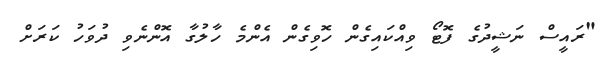
"ރައީސް ނަޝީދުގެ ފޮޓޯ ވިއްކައިގެން ހޮވިގެން އެންމެ ހާލުގާ އޮންނެވި ދުވަހު ކަރަށް